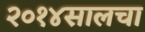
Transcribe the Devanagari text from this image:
२०१४सालचा